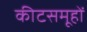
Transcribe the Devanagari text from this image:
कीटसमूहों